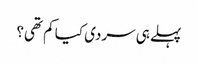
پہلے ہی سردی کیا کم تھی؟